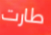
طارت